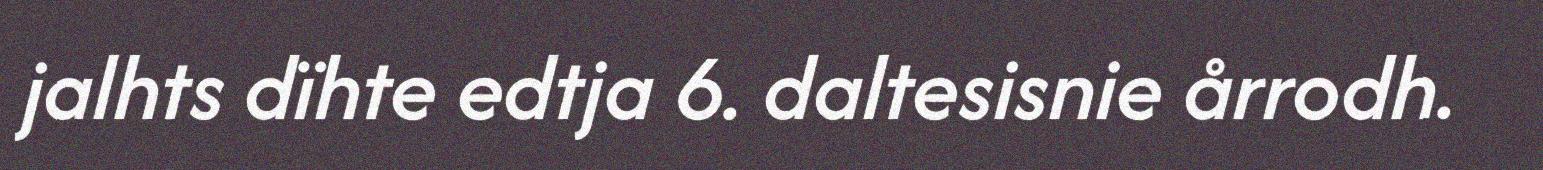
jalhts dïhte edtja 6. daltesisnie årrodh.